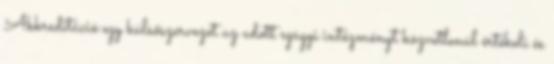
Akkreditáció:egy külsőszervezet az adott egügyi intézményt közvetlenül értékeli és